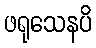
ဖရုသေနပိ